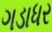
ગડાધર